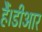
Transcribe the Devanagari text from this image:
हैं।डीआर